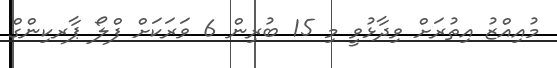
މުއިއްޒު އިތުރަށް ވިދާޅުވީ މި 15 ބުރިން 6 ވަރަކަށް ފްލޯ ޕާރކިންގް